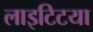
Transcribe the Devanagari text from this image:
लाइटिटया